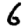
Digit: 6